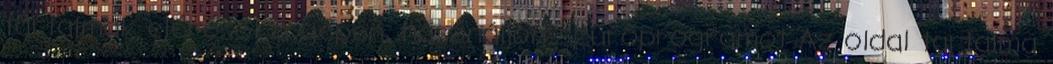
tartalmak elérését a gépén, használjon szűrőprogramot Az oldal tartalma